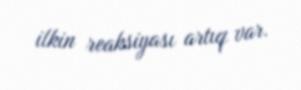
ilkin reaksiyası artıq var.